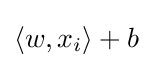
\langle w,x_{i}\rangle +b